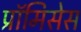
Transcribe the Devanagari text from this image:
प्रॉमिसेस